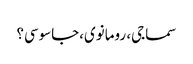
سماجی، رومانوی،جاسوسی؟